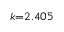
k { = } 2 . 4 0 5